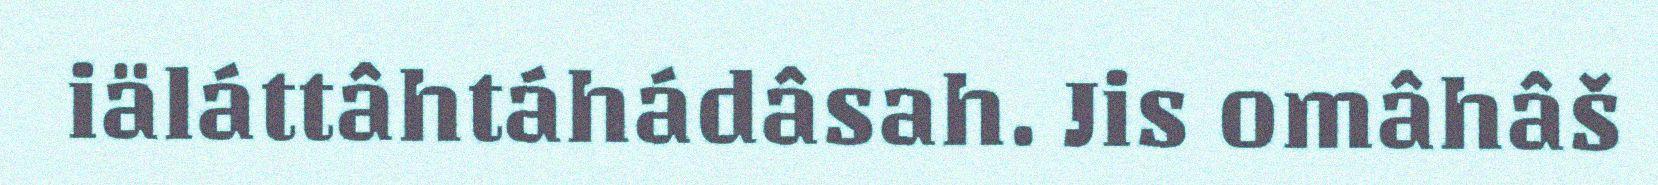
iäláttâhtáhádâsah. Jis omâhâš